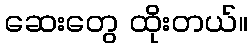
ဆေးတွေ ထိုးတယ်။